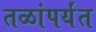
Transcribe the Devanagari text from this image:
तळांपर्यंत